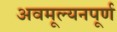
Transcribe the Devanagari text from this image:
अवमूल्यनपूर्ण